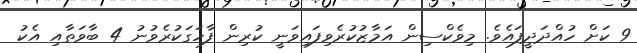
9 ކަށް ހުއްދަދީފައެވެ. މިވެކްސިން އަމާޒުކުރެވިފައިވަނީ ކުރިން ފާހަގަކުރެވުނު 4 ބާވަތާއި އެކު